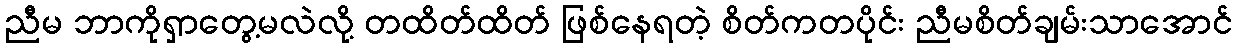
ညီမ ဘာကိုရှာတွေ့မလဲလို့ တထိတ်ထိတ် ဖြစ်နေရတဲ့ စိတ်ကတပိုင်း ညီမစိတ်ချမ်းသာအောင်